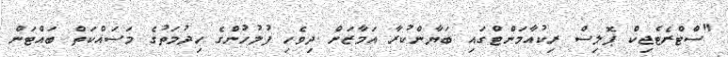
"ސްޓްރެޓެޖިކް ޕޮލިސް ރިކުއާމަންޓްގައި ބަޔާންކުރާ އަމާޒަށް ދިވެހި ފުލުހުންގެ ހިދުމަތުގެ މަސައްކަތް ބައްޓަން